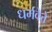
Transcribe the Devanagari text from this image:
धर्मवेत्ते